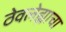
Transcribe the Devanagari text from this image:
ठेवलेह्याचा